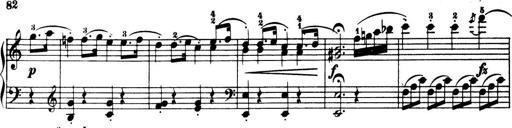
Title: 32 Sonatinas and Rondos for the Piano
Composer: Richard Kleinmichel